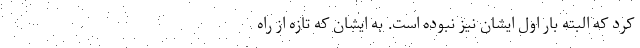
کرد که البته بار اول ایشان نیز نبوده است. به ایشان که تازه از راه